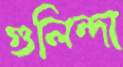
গুলিন্দা